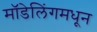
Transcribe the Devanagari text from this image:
मॉडेलिंगमधून